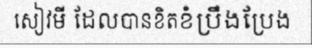
សៀវមី ដែលបានខិតខំប្រឹងប្រែង